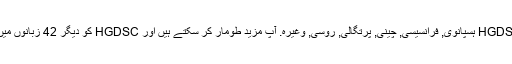
واپسی کے طور پر ، ہم کی مخفف کا ترجمہ کیا ہے HGDSC ہسپانوی, فرانسیسی, چینی, پرتگالی, روسی, وغیرہ. آپ مزید طومار کر سکتے ہیں اور HGDSC کو دیگر 42 زبانوں میں معنی تلاش کرنے کے لیے زبان مینیو پر کلک کریں ۔